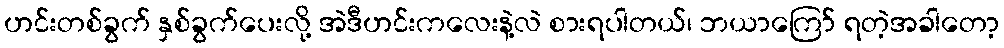
ဟင်းတစ်ခွက် နှစ်ခွက်ပေးလို့ အဲဒီဟင်းကလေးနဲ့လဲ စားရပါတယ်၊ ဘယာကြော် ရတဲ့အခါတော့